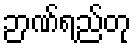
ဉာဏ်ရည်တု